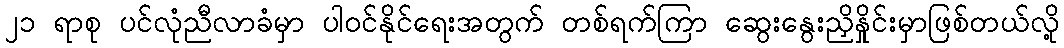
၂၁ ရာစု ပင်လုံညီလာခံမှာ ပါဝင်နိုင်ရေးအတွက် တစ်ရက်ကြာ ဆွေးနွေးညှိနှိုင်းမှာဖြစ်တယ်လို့